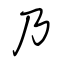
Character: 乃